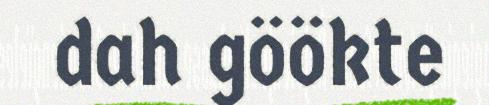
dah göökte